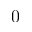
0